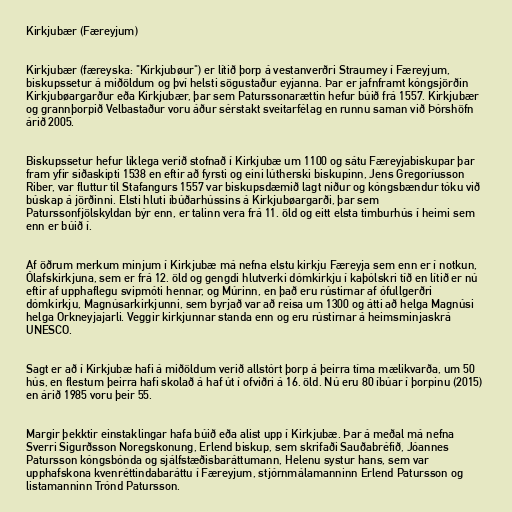
Kirkjubær (Færeyjum)

Kirkjubær (færeyska: "Kirkjubøur") er lítið þorp á vestanverðri Straumey í Færeyjum,
biskupssetur á miðöldum og því helsti sögustaður eyjanna. Þar er jafnframt kóngsjörðin
Kirkjubøargarður eða Kirkjubær, þar sem Paturssonarættin hefur búið frá 1557. Kirkjubær
og grannþorpið Velbastaður voru áður sérstakt sveitarfélag en runnu saman við Þórshöfn
árið 2005.

Biskupssetur hefur líklega verið stofnað í Kirkjubæ um 1100 og sátu Færeyjabiskupar þar
fram yfir siðaskipti 1538 en eftir að fyrsti og eini lútherski biskupinn, Jens Gregoríusson
Riber, var fluttur til Stafangurs 1557 var biskupsdæmið lagt niður og kóngsbændur tóku við
búskap á jörðinni. Elsti hluti íbúðarhússins á Kirkjubøargarði, þar sem
Paturssonfjölskyldan býr enn, er talinn vera frá 11. öld og eitt elsta timburhús í heimi sem
enn er búið í.

Af öðrum merkum minjum í Kirkjubæ má nefna elstu kirkju Færeyja sem enn er í notkun,
Ólafskirkjuna, sem er frá 12. öld og gengdi hlutverki dómkirkju í kaþólskri tíð en lítið er nú
eftir af upphaflegu svipmóti hennar, og Múrinn, en það eru rústirnar af ófullgerðri
dómkirkju, Magnúsarkirkjunni, sem byrjað var að reisa um 1300 og átti að helga Magnúsi
helga Orkneyjajarli. Veggir kirkjunnar standa enn og eru rústirnar á heimsminjaskrá
UNESCO.

Sagt er að í Kirkjubæ hafi á miðöldum verið allstórt þorp á þeirra tíma mælikvarða, um 50
hús, en flestum þeirra hafi skolað á haf út í ofviðri á 16. öld. Nú eru 80 íbúar í þorpinu (2015)
en árið 1985 voru þeir 55.

Margir þekktir einstaklingar hafa búið eða alist upp í Kirkjubæ. Þar á meðal má nefna
Sverri Sigurðsson Noregskonung, Erlend biskup, sem skrifaði Sauðabréfið, Jóannes
Patursson kóngsbónda og sjálfstæðisbaráttumann, Helenu systur hans, sem var
upphafskona kvenréttindabaráttu í Færeyjum, stjórnmálamanninn Erlend Patursson og
listamanninn Trónd Patursson.